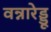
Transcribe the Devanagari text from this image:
वन्नारेड्डू